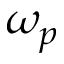
\omega _ { p }